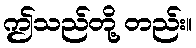
ဤသည်တို့ တည်း။